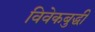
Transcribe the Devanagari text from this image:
विवेकबुद्धी